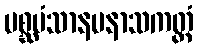
မစ္ဆမံသာနမနာသကတ္တံ